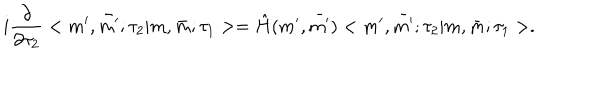
i \frac { \partial } { \partial \tau _ { 2 } } < m ^ { \prime } , \bar { m ^ { \prime } } ; \tau _ { 2 } | m , \bar { m } ; \tau _ { 1 } > = \hat { H } ( m ^ { \prime } , \bar { m ^ { \prime } } ) < m ^ { \prime } , \bar { m ^ { \prime } } ; \tau _ { 2 } | m , \bar { m } ; \tau _ { 1 } > .